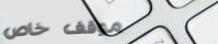
موقف خاص